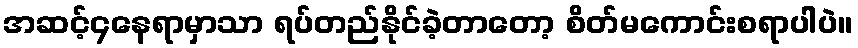
အဆင့်၄နေရာမှာသာ ရပ်တည်နိုင်ခဲ့တာတော့ စိတ်မကောင်းစရာပါပဲ။